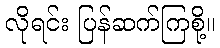
လိုရင်း ပြန်ဆက်ကြစို့။